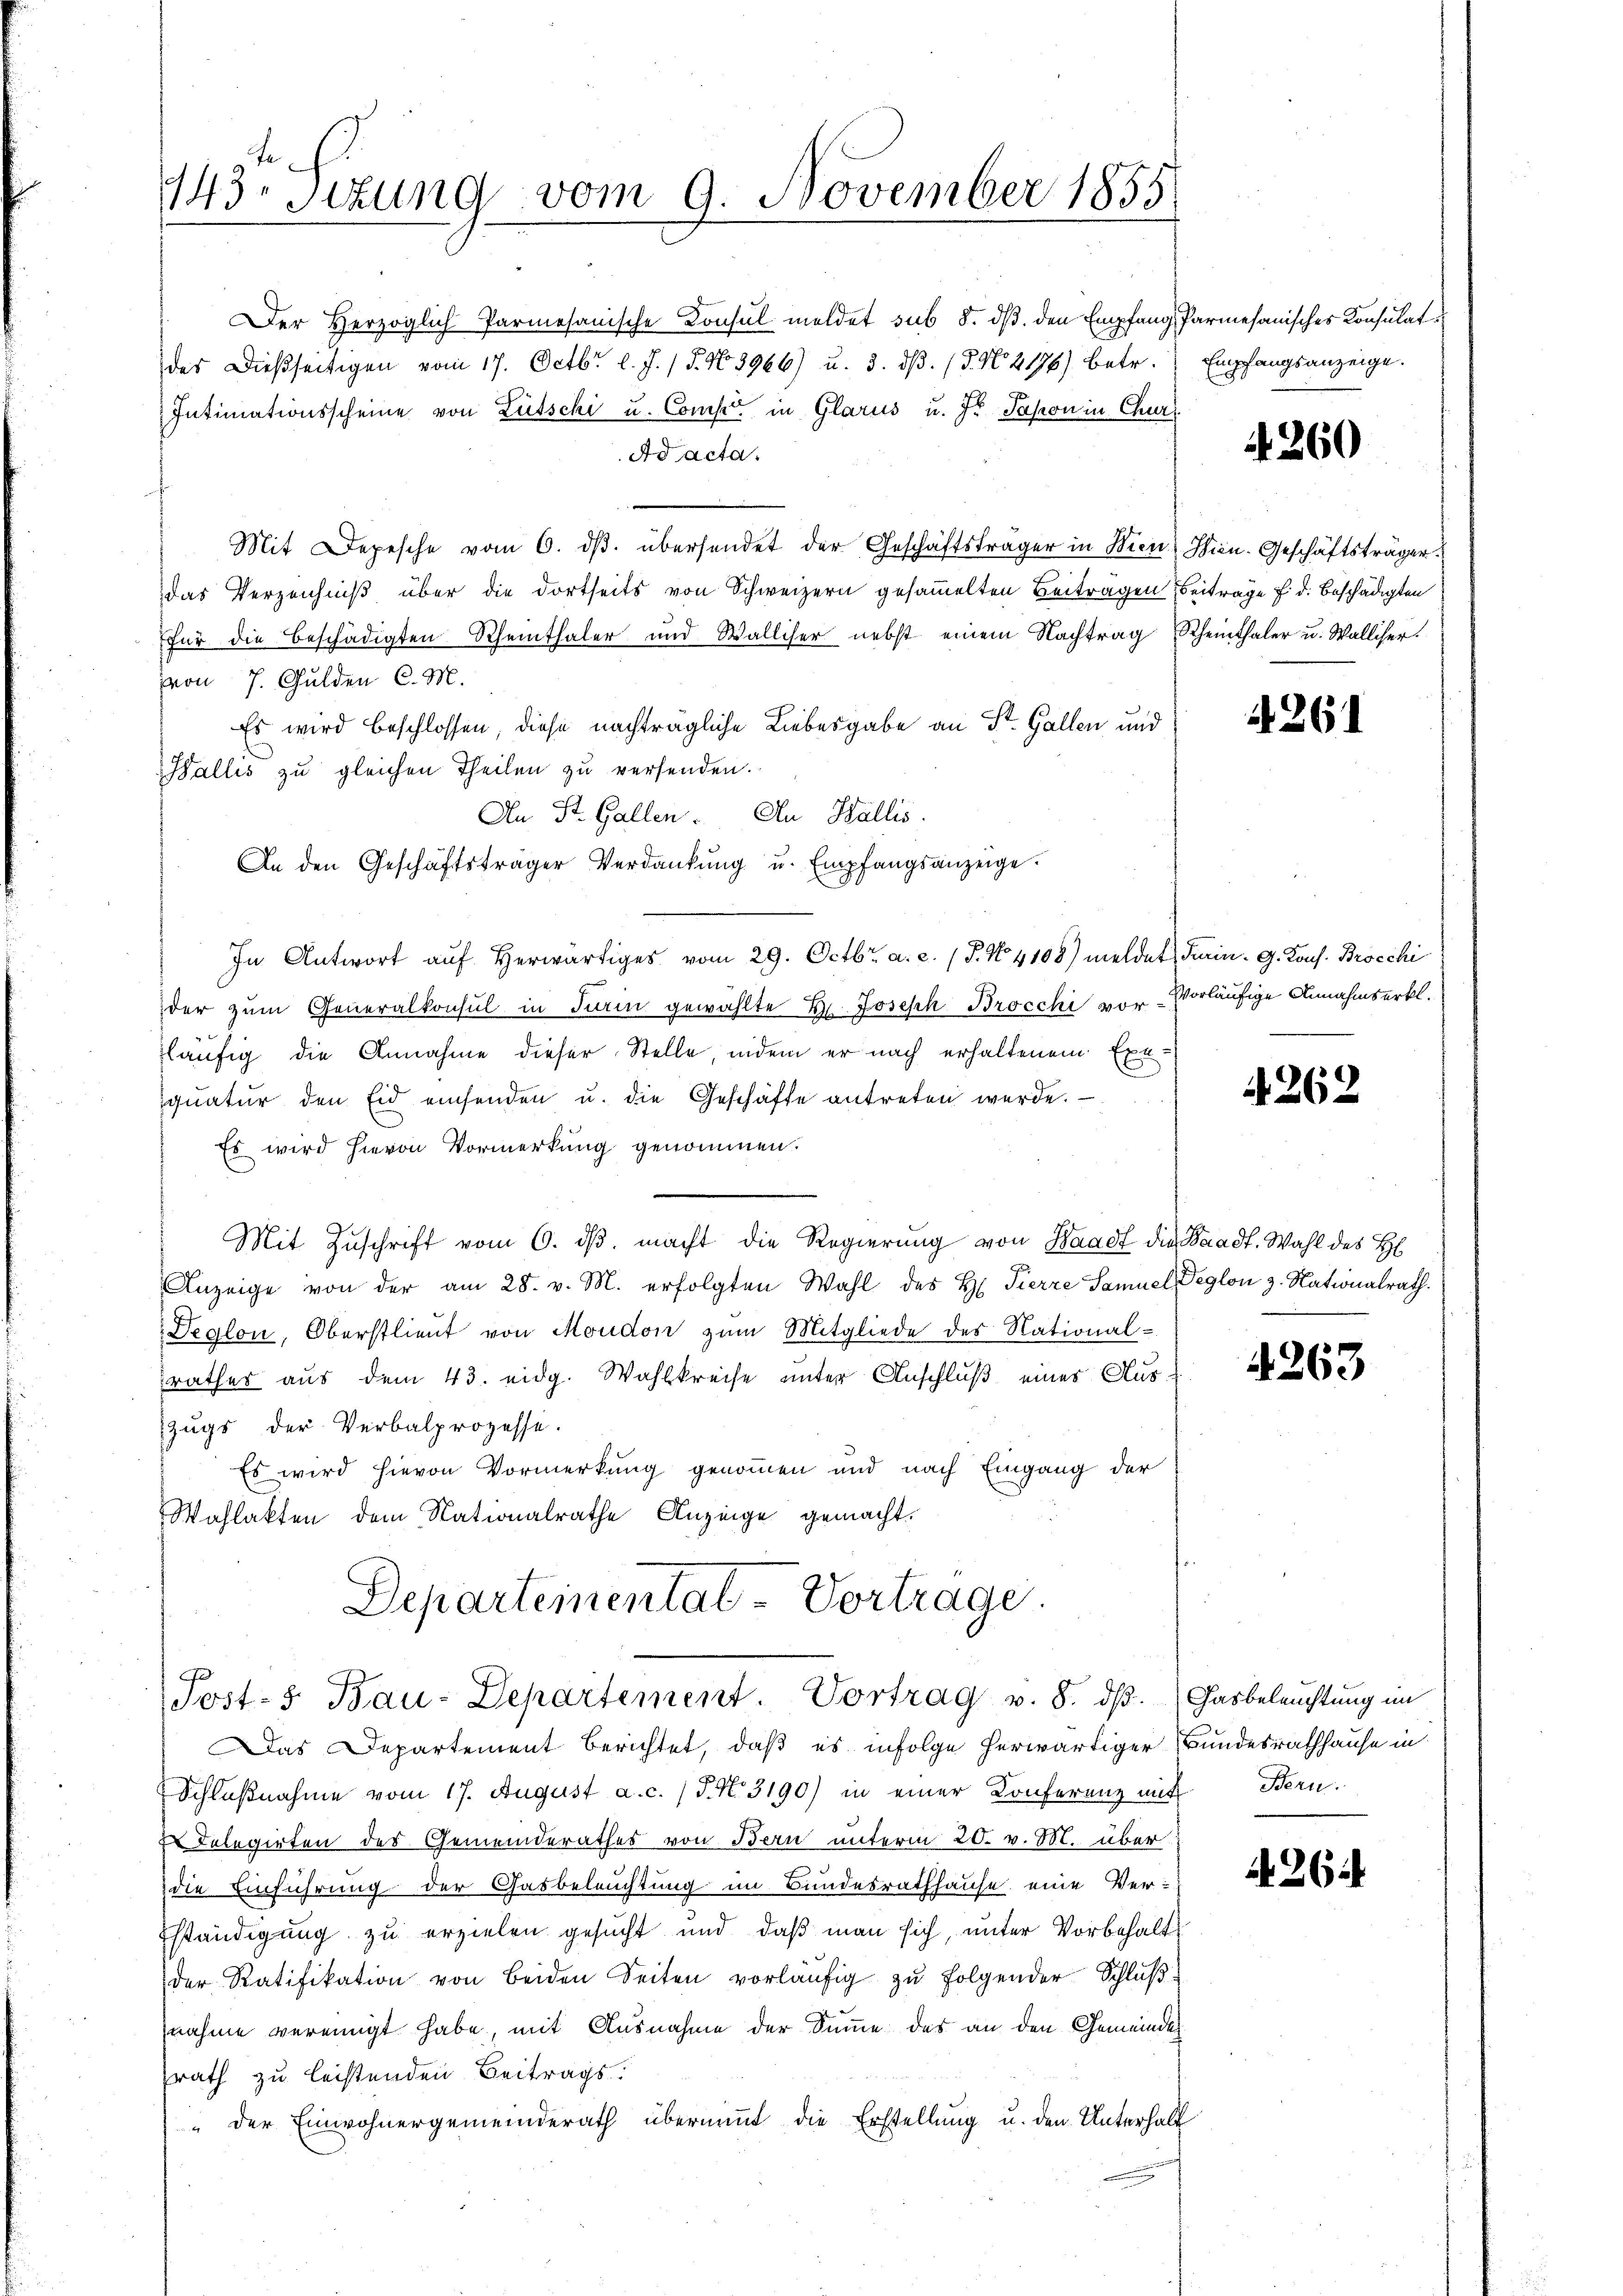
143 sizung vom 9. November 1855

Der Herzoglich Parmesanische Konsul meldet sub 8. dß. den Empfang, Parmesanisches Konsulat
des dießseitigen vom 17. Octbr. l. J. / 5. No 3966) u. 3. dβ. (3. No 2176) betr.
Intimationsscheine von Lütschi u. Comp. in Glarus u. Fr. Sapon in Chur
Ad acta.
Mit Depesche vom 6. dβ. übersendet der Geschäftsträger in Bien
das Verzeichniß über die dortseits von Schweizern gesammelten Beitragen Beiträge f. d. Beschädigten
für die Beschädigten Rheinthaler und Walliser nebst einem Nachtrag Rheinthaler u. Walliser.
von 7 Gulden C. M.
Es wird beschlossen, diese nachträgliche Liebesgabe an St. Gallen und
Wallis zu gleichen Theilen zu versenden.
An St. Gallen. An Wallis.
An den Geschäftsträger Verdankŭng u. Empfangsanzeige
In Antwort aŭf herwärtiges vom 29. Octbr. a. c. (T. No 4108) meldet Turin. G. Kons. Brocchi
der zum Generalkonsul in Turin gewählte Hr. Joseph Brocchi vor vorläufige Annahmserkl.
läufig die Annahme dieser Stelle indem er nach erhaltenem Exe-
qŭatŭr den Eid einsenden u. die Geschäfte antreten werde.
Es wird hievon Vormerkung genommen.
Mit Zuschrift vom 6. dβ macht die Regierung von Waadt die Waadt. Wahl des H
Anzeige von der am 28. v. M. erfolgten Wahl des H. Tierre Samuel Deglon z. Nationalrath.
Deglon, Oberstlieut von Moudon zum Mitgliede des National-
räther aus dem 43. eidg. Wahlkreise unter Anschluß eines Auszugs der Verbalprozesse.
Es wird hievon Vormerkung genommen und nach Eingang der
Wahlakten dem Nationalrathe Anzeige gemacht.
Departeinentat - Vortrage.

Post- & Bau-Departement. Vortrag v. 8. ds. (Gasbeleuchtung im

Empfangsanzeige.

Das Departement berichtet, daß es infolge herwärtiger Bundesrathhause in
Schlußnahme vom 17. August a. c. / 5. No 3190) in einer Konferenz mit Bern.
r Telegirten des Gemeinderathes von Bern unterm 20. v. M. über
die Einführung der Gasbeleuchtung im Bundesrathhause eine Ver-
Eständigung zu erzielen gesucht und daß man sich, unter Vorbehalt
der Ratifikation von beiden Seiten vorläŭfig zu folgender Schluß
nahme vereinigt habe, mit Ausnahme der Summe des an den Gemeinde
srath zu leistenden Beitrags.
" der Einwohnergemeinderath übernimmt die Erstellung u. den Unterhalt

A 260

Wien. Geschäftsträger.

261

4262

4263

A 26.